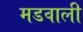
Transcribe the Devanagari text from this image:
मडवाली